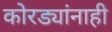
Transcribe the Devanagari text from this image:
कोरड्यांनाही